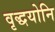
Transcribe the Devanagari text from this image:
वृद्धयोनि